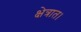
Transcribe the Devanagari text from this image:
क्षेत्रात।